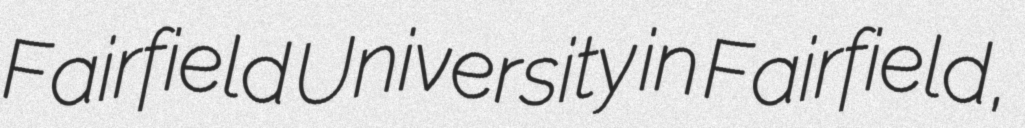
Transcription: Fairfield University in Fairfield,